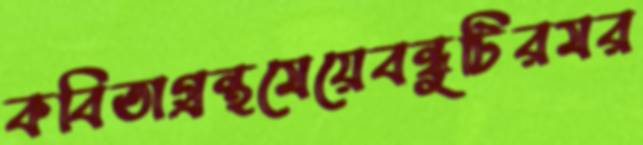
কবিতাগ্রন্থমেয়েবন্ধুটিরমর